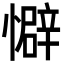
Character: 𫻏